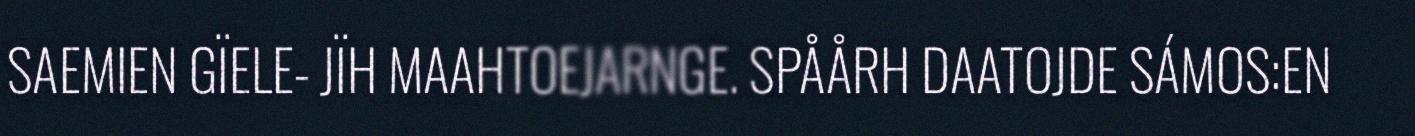
SAEMIEN GÏELE- JÏH MAAHTOEJARNGE. SPÅÅRH DAATOJDE SÁMOS:EN